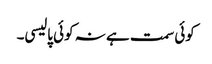
کوئی سمت ہے نہ کوئی پالیسی۔